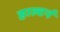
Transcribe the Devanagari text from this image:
हाल्टर्न